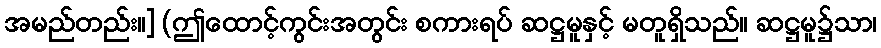
အမည်တည်း။] (ဤထောင့်ကွင်းအတွင်း စကားရပ် ဆဋ္ဌမူနှင့် မတူရှိသည်။ ဆဋ္ဌမူ၌သာ၊